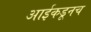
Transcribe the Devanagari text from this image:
आईकडूनच